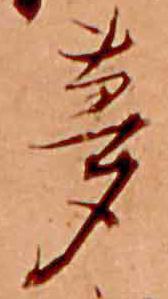
夢